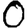
Digit: 0